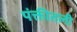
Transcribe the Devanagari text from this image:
पंक्तीतली